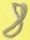
Text: 8